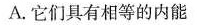
A.它们具有相等的内能